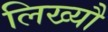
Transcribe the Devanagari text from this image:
लिख्यौ